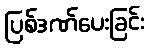
ပြစ်ဒဏ်ပေးခြင်း